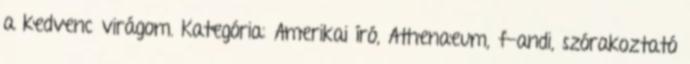
a kedvenc virágom. Kategória: Amerikai író, Athenaeum, f-andi, szórakoztató